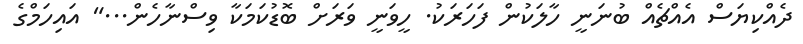
ދެއްކިޔަސް އެއްޗެއް ބުނަނީ ހާލަކުން ފަހަރަކު. ހީވަނީ ވަރަށް ބޮޑުކަމަކާ ވިސްނާހެން..." އައިހަމްގެ